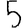
Digit: 5